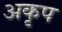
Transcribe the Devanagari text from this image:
अकृप